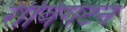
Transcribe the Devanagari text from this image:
रीविंगटन